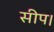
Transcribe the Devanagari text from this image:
सीप।